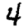
Digit: 4